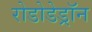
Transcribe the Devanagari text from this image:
रोडोडेड्रॉन